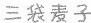
三袋麦子